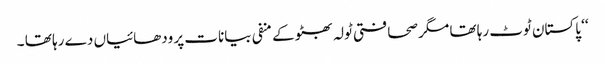
‘‘ پاکستان ٹوٹ رہا تھا مگر صحافتی ٹولہ بھٹو کے منفی بیانات پر ودھائیاں دے رہا تھا ۔